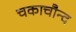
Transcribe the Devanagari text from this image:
चकाचौन्द